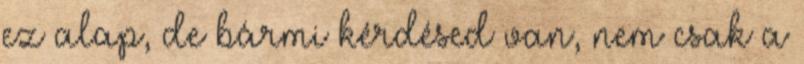
ez alap, de bármi kérdésed van, nem csak a